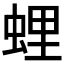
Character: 𧋎